Source: Handwritten
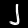
Digit: ၂ (2)